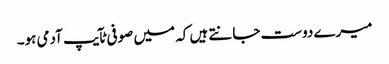
میرے دوست جانتے ہیں کہ میں صوفی ٹآیپ آدمی ہو۔